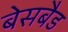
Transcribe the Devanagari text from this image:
बेसबैड